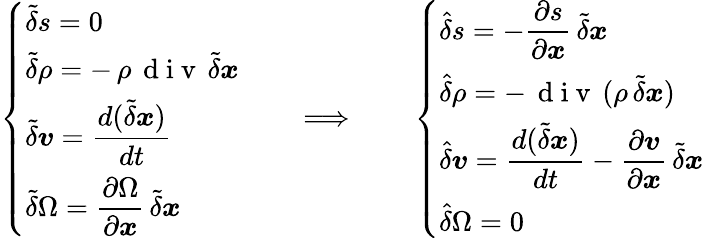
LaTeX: \left\{ \begin{array}{l}{\displaystyle\tilde{\delta}s=0}\\ {\displaystyle\tilde{\delta}\rho=-\, \rho\, \mathrm{~d~i~v~}\, \tilde{\delta}\boldsymbol{x}}\\ {\displaystyle\tilde{\delta}{\boldsymbol v}=\frac{d(\tilde{\delta}\boldsymbol{x})}{dt}}\\ {\displaystyle\tilde{\delta}\Omega=\frac{\partial\Omega}{\partial\boldsymbol{x}}\, \tilde{\delta}\boldsymbol{x}}\end{array}\right.\qquad\Longrightarrow\qquad\left\{ \begin{array}{l}{\displaystyle\hat{\delta}s=-\frac{\partial s}{\partial\boldsymbol{x}}\, \tilde{\delta}\boldsymbol{x}}\\ {\displaystyle\hat{\delta}\rho=-\, \mathrm{~d~i~v~}\, (\rho\, \tilde{\delta}\boldsymbol{x})}\\ {\displaystyle\hat{\delta}{\boldsymbol v}=\frac{d(\tilde{\delta}\boldsymbol{x})}{dt}-\frac{\partial{\boldsymbol v}}{\partial\boldsymbol{x}}\, \tilde{\delta}\boldsymbol{x}}\\ {\displaystyle\hat{\delta}\Omega=0}\end{array}\right.